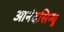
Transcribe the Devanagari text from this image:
आनंदसिन्धु